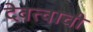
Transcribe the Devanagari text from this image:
देवत्वाची